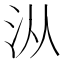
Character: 𰛏